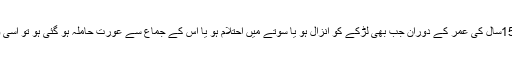
جواب : ہِجری سِن کے حساب سے 12سے 15سال کی عمر کے دَوران جب بھی لڑکے کو اِنزال ہو یا سوتے میں اِحتِلام ہو یا اُس کے جماع سے عورت حاملہ ہو گئی ہو تو اُسی وَقت با لغ ہو گیا اور اُس پرغسل فرض ہو گیا۔